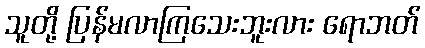
သူတို့ ပြန်မလာကြသေးဘူးလား ရောဘတ်